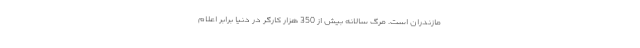
مازندران است. مرگ سالانه بیش از 350 هزار کارگر در دنیا برابر اعلام